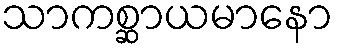
သာကစ္ဆာယမာနော